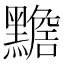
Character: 𪒧